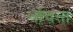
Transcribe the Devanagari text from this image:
नोंचना